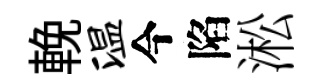
輓温今陷淞